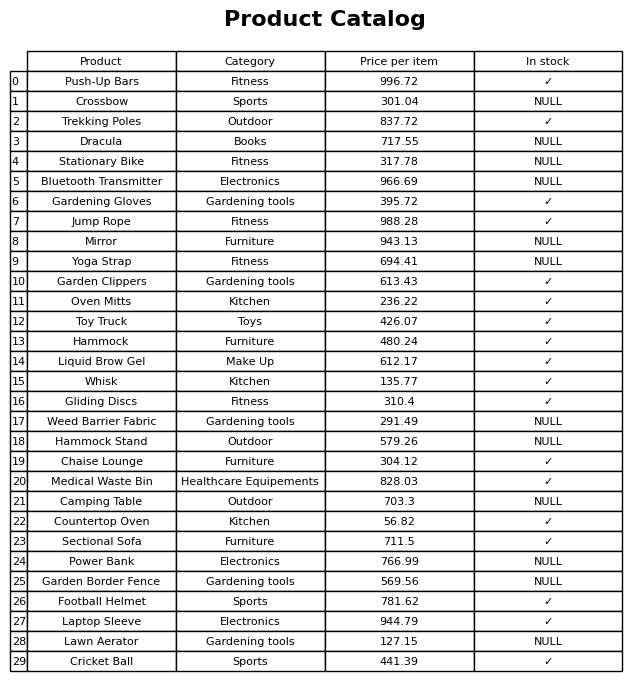
question: Is the Whisk in stock?
answer: ✓